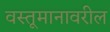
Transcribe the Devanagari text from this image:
वस्तूमानावरील